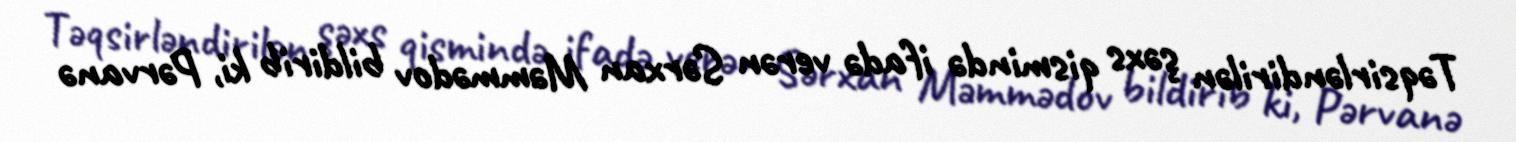
Təqsirləndirilən şəxs qismində ifadə verən Sərxan Məmmədov bildirib ki, Pərvanə